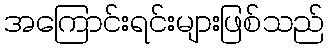
အကြောင်းရင်းများဖြစ်သည်